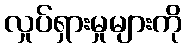
လှုပ်ရှားမှုများကို